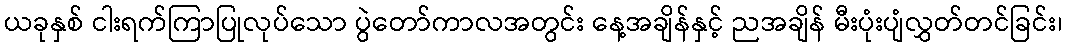
ယခုနှစ် ငါးရက်ကြာပြုလုပ်သော ပွဲတော်ကာလအတွင်း နေ့အချိန်နှင့် ညအချိန် မီးပုံးပျံလွှတ်တင်ခြင်း၊